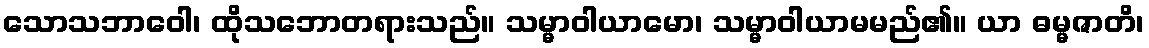
သောသဘာဝေါ၊ ထိုသဘောတရားသည်။ သမ္မာဝါယာမော၊ သမ္မာဝါယာမမည်၏။ ယာ ဓမ္မဇာတိ၊